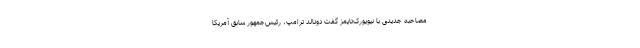
مصاحبه جدیدی با نیویورک‌تایمز گفت دونالد ترامپ، رئیس‌جمهور سابق آمریکا